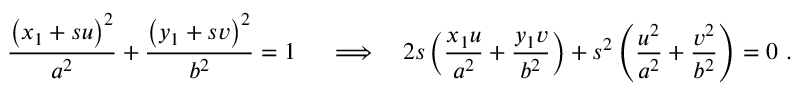
{ \frac { \left( x _ { 1 } + s u \right) ^ { 2 } } { a ^ { 2 } } } + { \frac { \left( y _ { 1 } + s v \right) ^ { 2 } } { b ^ { 2 } } } = 1 \ \quad \Longrightarrow \quad 2 s \left( { \frac { x _ { 1 } u } { a ^ { 2 } } } + { \frac { y _ { 1 } v } { b ^ { 2 } } } \right) + s ^ { 2 } \left( { \frac { u ^ { 2 } } { a ^ { 2 } } } + { \frac { v ^ { 2 } } { b ^ { 2 } } } \right) = 0 \ .